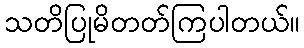
သတိပြုမိတတ်ကြပါတယ်။